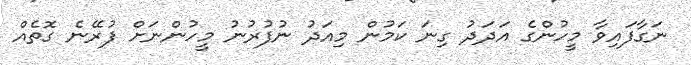
ނަގާފައިވާ މީހުންގެ އަދަދު ގިނަ ކަމުން މިއަދު ނުފުރުނު މީހުންނަށް ފުރޭނެ ގޮތެއް